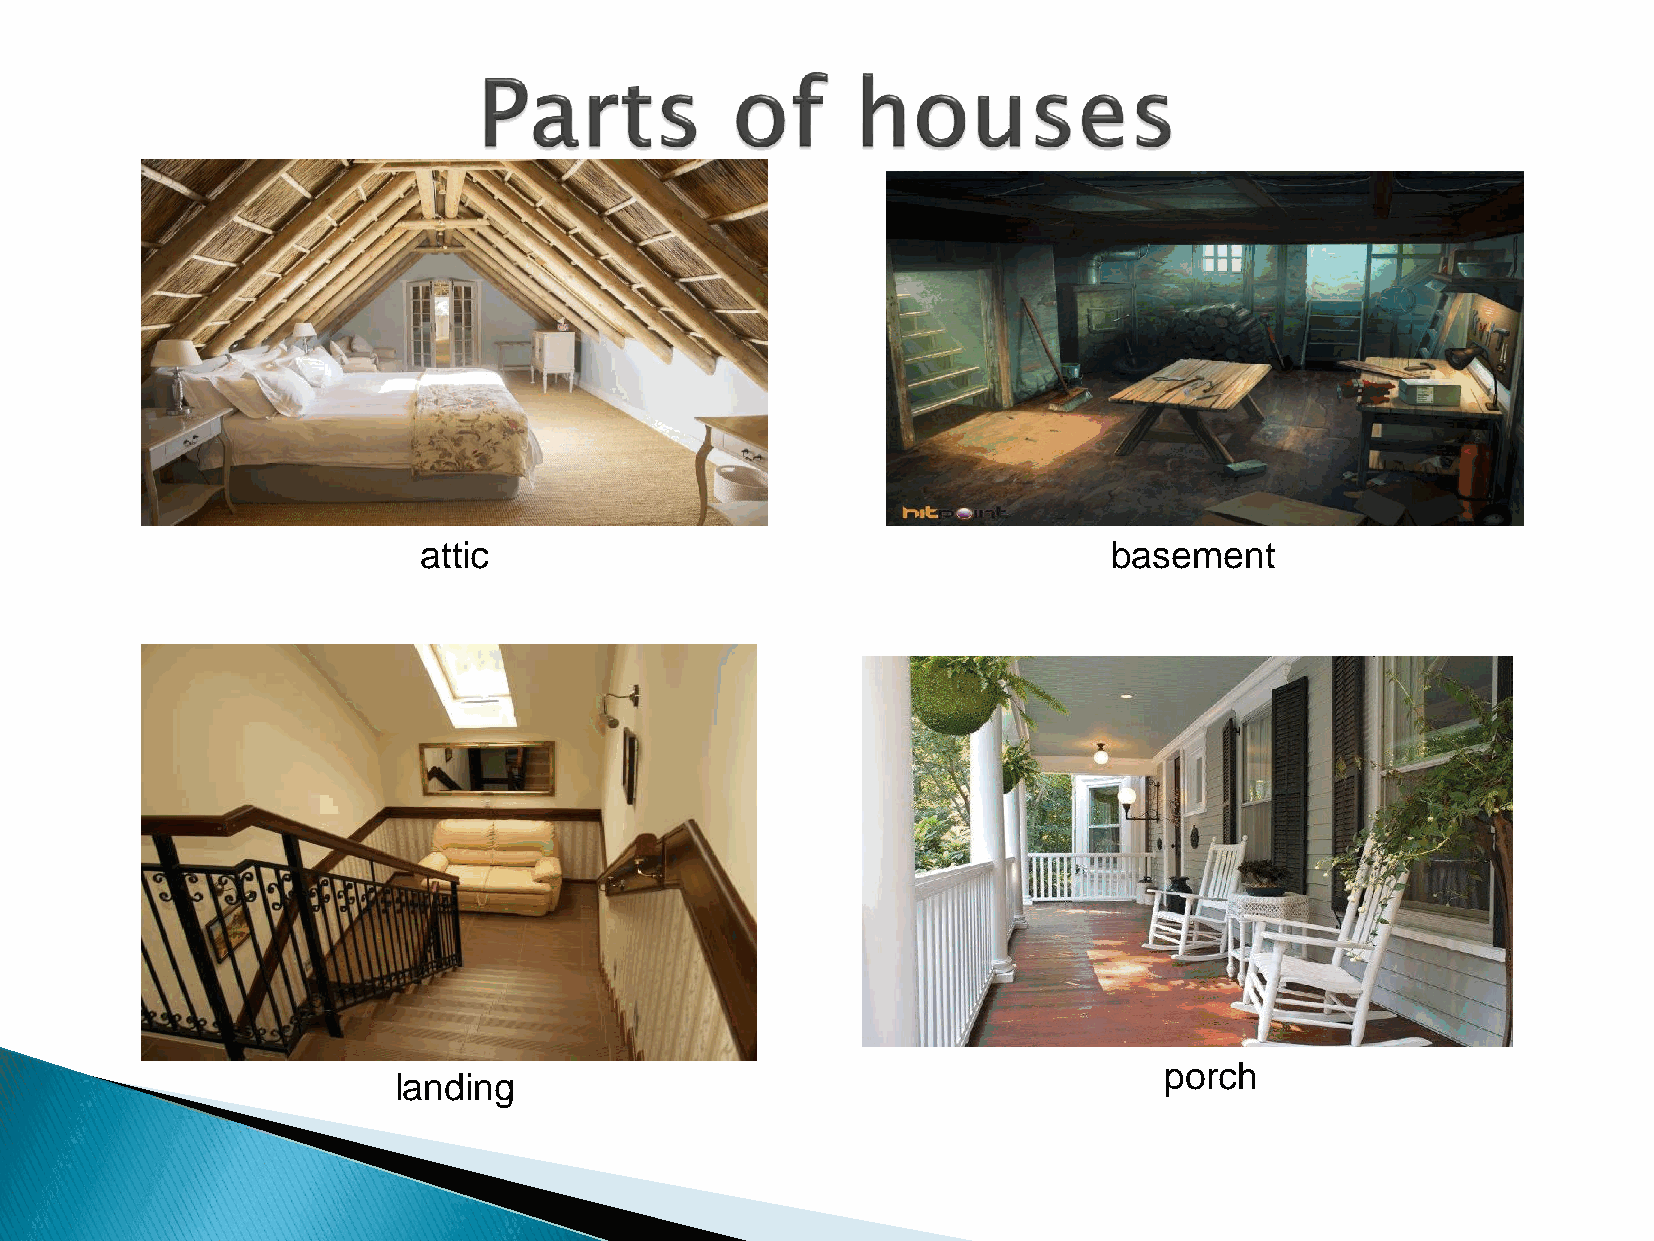
attic                                         basement
 porch
 landing